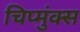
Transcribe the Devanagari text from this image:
चिप्मुंक्स